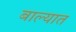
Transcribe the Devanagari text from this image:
बाल्यात